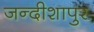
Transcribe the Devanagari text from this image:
जन्दीशापुर